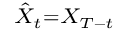
\scriptstyle { \hat { X } } _ { t } = X _ { T - t }